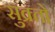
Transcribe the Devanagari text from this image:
सुक्र्तो